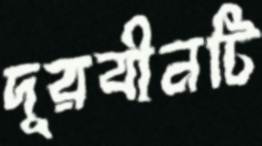
দূরবীনটি